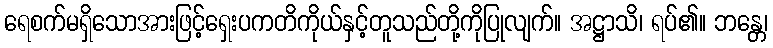
ရေစက်မရှိသောအားဖြင့်ရှေးပကတိကိုယ်နှင့်တူသည်တို့ကိုပြုလျက်။ အဋ္ဌာသိ၊ ရပ်၏။ ဘန္တေ၊